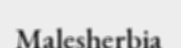
Malesherbia